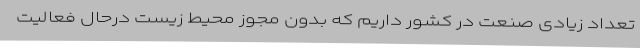
تعداد زیادی صنعت در کشور داریم که بدون مجوز محیط زیست درحال فعالیت